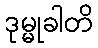
ဒုမ္မုခါတိ